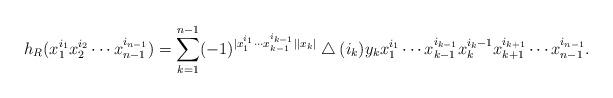
LaTeX: \begin{align*}h_R(x_1^{i_1}x_2^{i_2}\cdots x_{n-1}^{i_{n-1}})=\sum_{k=1}^{n-1}(-1)^{|x_1^{i_1}\cdots x_{k-1}^{i_{k-1}}||x_k|}\bigtriangleup(i_k)y_kx_1^{i_1}\cdots x_{k-1}^{i_{k-1}}x_k^{i_k-1}x_{k+1}^{i_{k+1}}\cdots x_{n-1}^{i_{n-1}}.\end{align*}